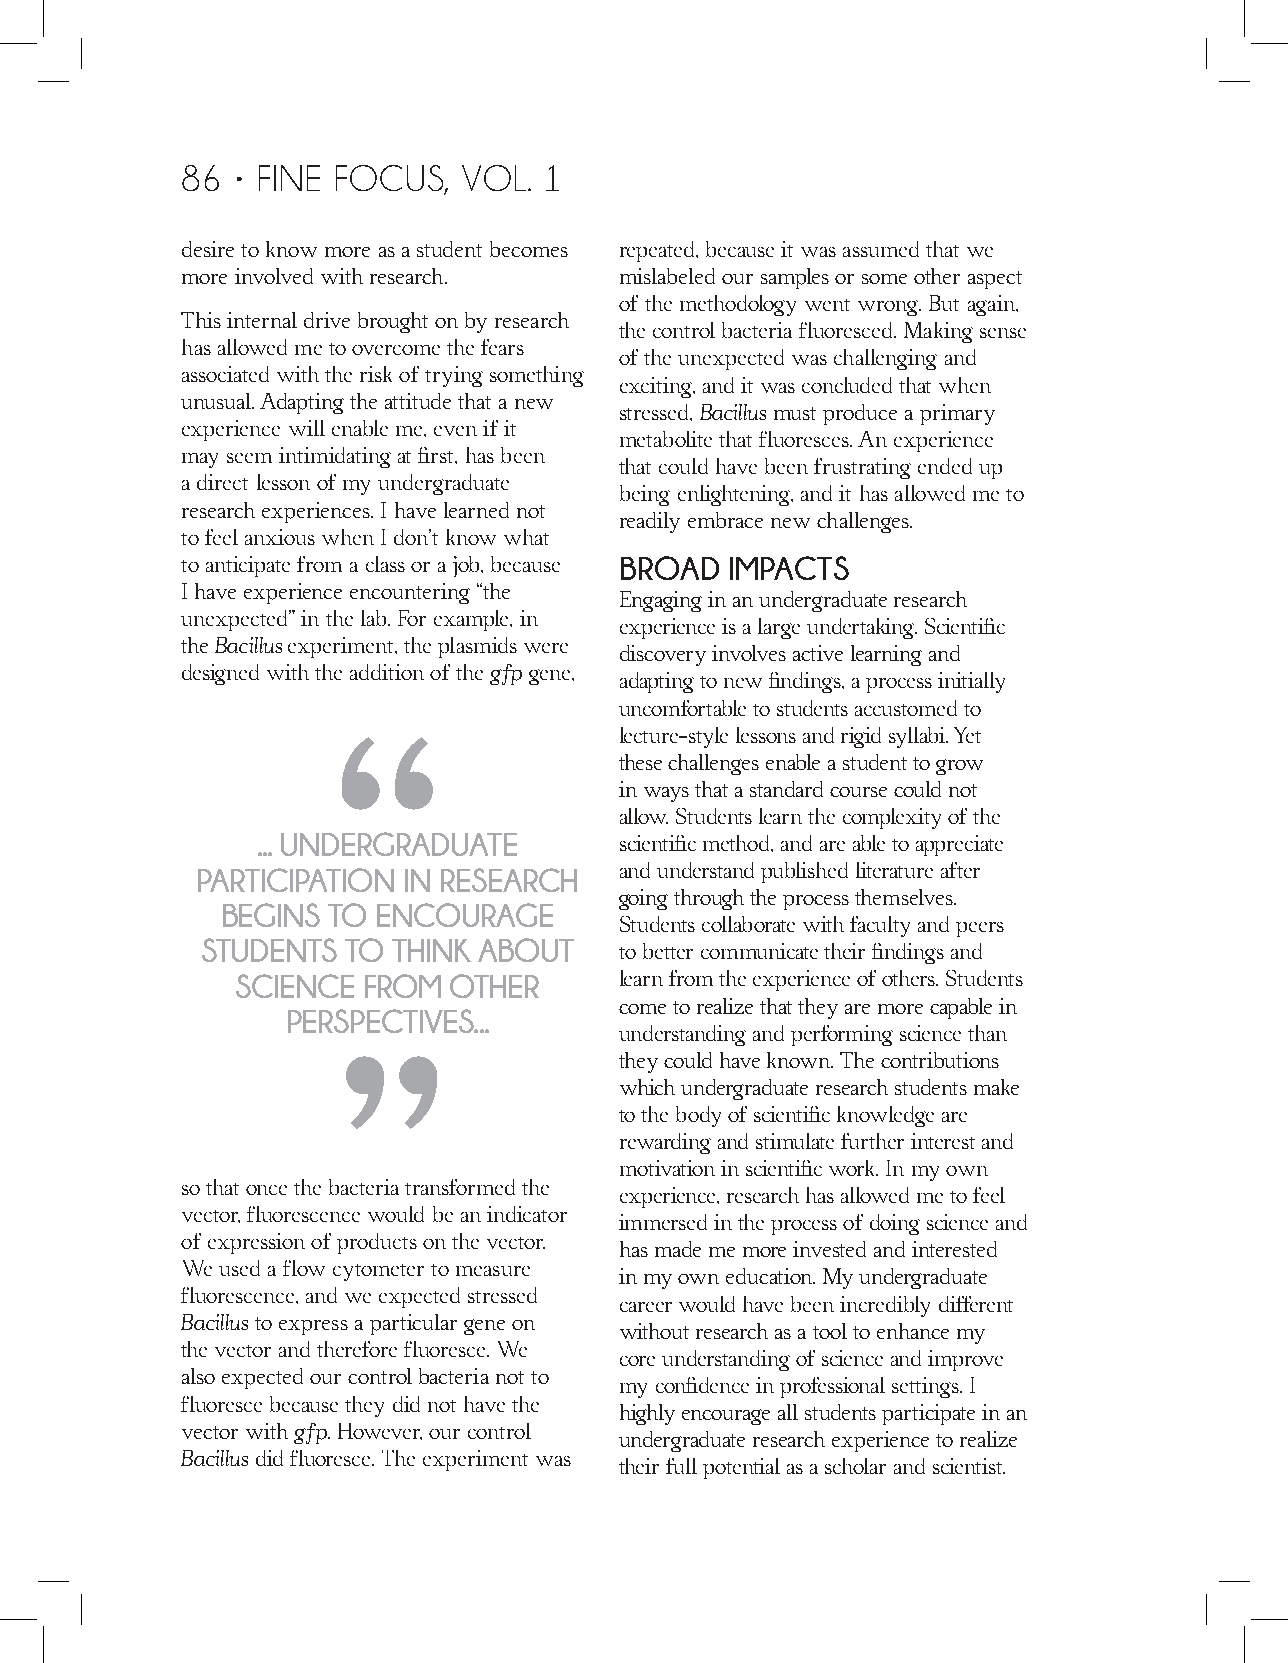
86 • FINE FOCUS,   VOL. 1
 desire to know more as a student becomes repeated, because it was assumed that we
 more involved with research. mislabeled our samples or some other aspect
 of the methodology went wrong. But again,
 This internal drive brought on by research
 the control bacteria fluoresced. Making sense
 has allowed me to overcome the fears
 of the unexpected was challenging and
 associated with the risk of trying something
 exciting, and it was concluded that when
 unusual. Adapting the attitude that a new
 stressed, Bacillus must produce a primary
 experience will enable me, even if it
 metabolite that fluoresces. An experience
 may seem intimidating at first, has been
 that could have been frustrating ended up
 a direct lesson of my undergraduate
 being enlightening, and it has allowed me to
 research experiences. I have learned not
 readily embrace new challenges.
 to feel anxious when I don’t know what
 to anticipate from a class or a job, because BROAD IMPACTS
 I have experience encountering “the
 Engaging in an undergraduate research
 unexpected” in the lab. For example, in
 experience is a large undertaking. Scientific
 the Bacillus experiment, the plasmids were
 discovery involves active learning and
 designed with the addition of the gfp gene,
 adapting to new findings, a process initially
 uncomfortable to students accustomed to
 lecture-style lessons and rigid syllabi. Yet
 “                  these challenges enable a student to grow
 in ways that a standard course could not
 “                  allow. Students learn the complexity of the
 ... UNDERGRADUATE
 scientific method, and are able to appreciate
 PARTICIPATION IN RESEARCH   and understand published literature after
 going through the process themselves.
 BEGINS TO ENCOURAGE
 Students collaborate with faculty and peers
 STUDENTS  TO THINK ABOUT
 to better communicate their findings and
 SCIENCE FROM  OTHER      learn from the experience of others. Students
 come to realize that they are more capable in
 PERSPECTIVES...
 understanding and performing science than
 they could have known. The contributions
 which undergraduate research students make
 to the body of scientific knowledge are
 rewarding and stimulate further interest and
 motivation in scientific work. In my own
 so that once the bacteria transformed the
 experience, research has allowed me to feel
 vector, fluorescence would be an indicator
 immersed in the process of doing science and
 of expression of products on the vector.
 has made me more invested and interested
 We used a flow cytometer to measure
 in my own education. My undergraduate
 fluorescence, and we expected stressed
 career would have been incredibly different
 Bacillus to express a particular gene on
 without research as a tool to enhance my
 the vector and therefore fluoresce. We
 core understanding of science and improve
 also expected our control bacteria not to
 my confidence in professional settings. I
 fluoresce because they did not have the
 highly encourage all students participate in an
 vector with gfp. However, our control
 undergraduate research experience to realize
 Bacillus did fluoresce. The experiment was
 their full potential as a scholar and scientist.